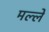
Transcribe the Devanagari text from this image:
मल्ले